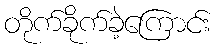
တိုက်ခိုက်ခဲ့ကြောင်း